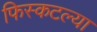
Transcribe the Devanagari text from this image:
फिस्कटल्या